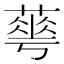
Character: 𦻏